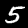
Digit: 5